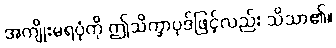
အကျိုးမရပုံကို ဤသိက္ခာပုဒ်ဖြင့်လည်း သိသာ၏။